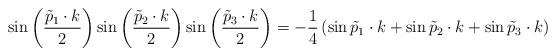
LaTeX: \begin{align*}\sin\left(\frac{\tilde{p}_{1}\cdot k}{2}\right)\sin\left(\frac{\tilde{p}_{2}\cdot k}{2}\right)\sin\left(\frac{\tilde{p}_{3}\cdot k}{2}\right) = - \frac{1}{4}\left(\sin \tilde{p}_{1}\cdot k + \sin \tilde{p}_{2}\cdot k + \sin \tilde{p}_{3}\cdot k\right)\end{align*}